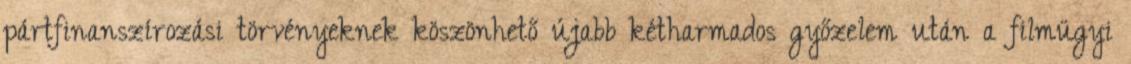
pártfinanszírozási törvényeknek köszönhető újabb kétharmados győzelem után a filmügyi